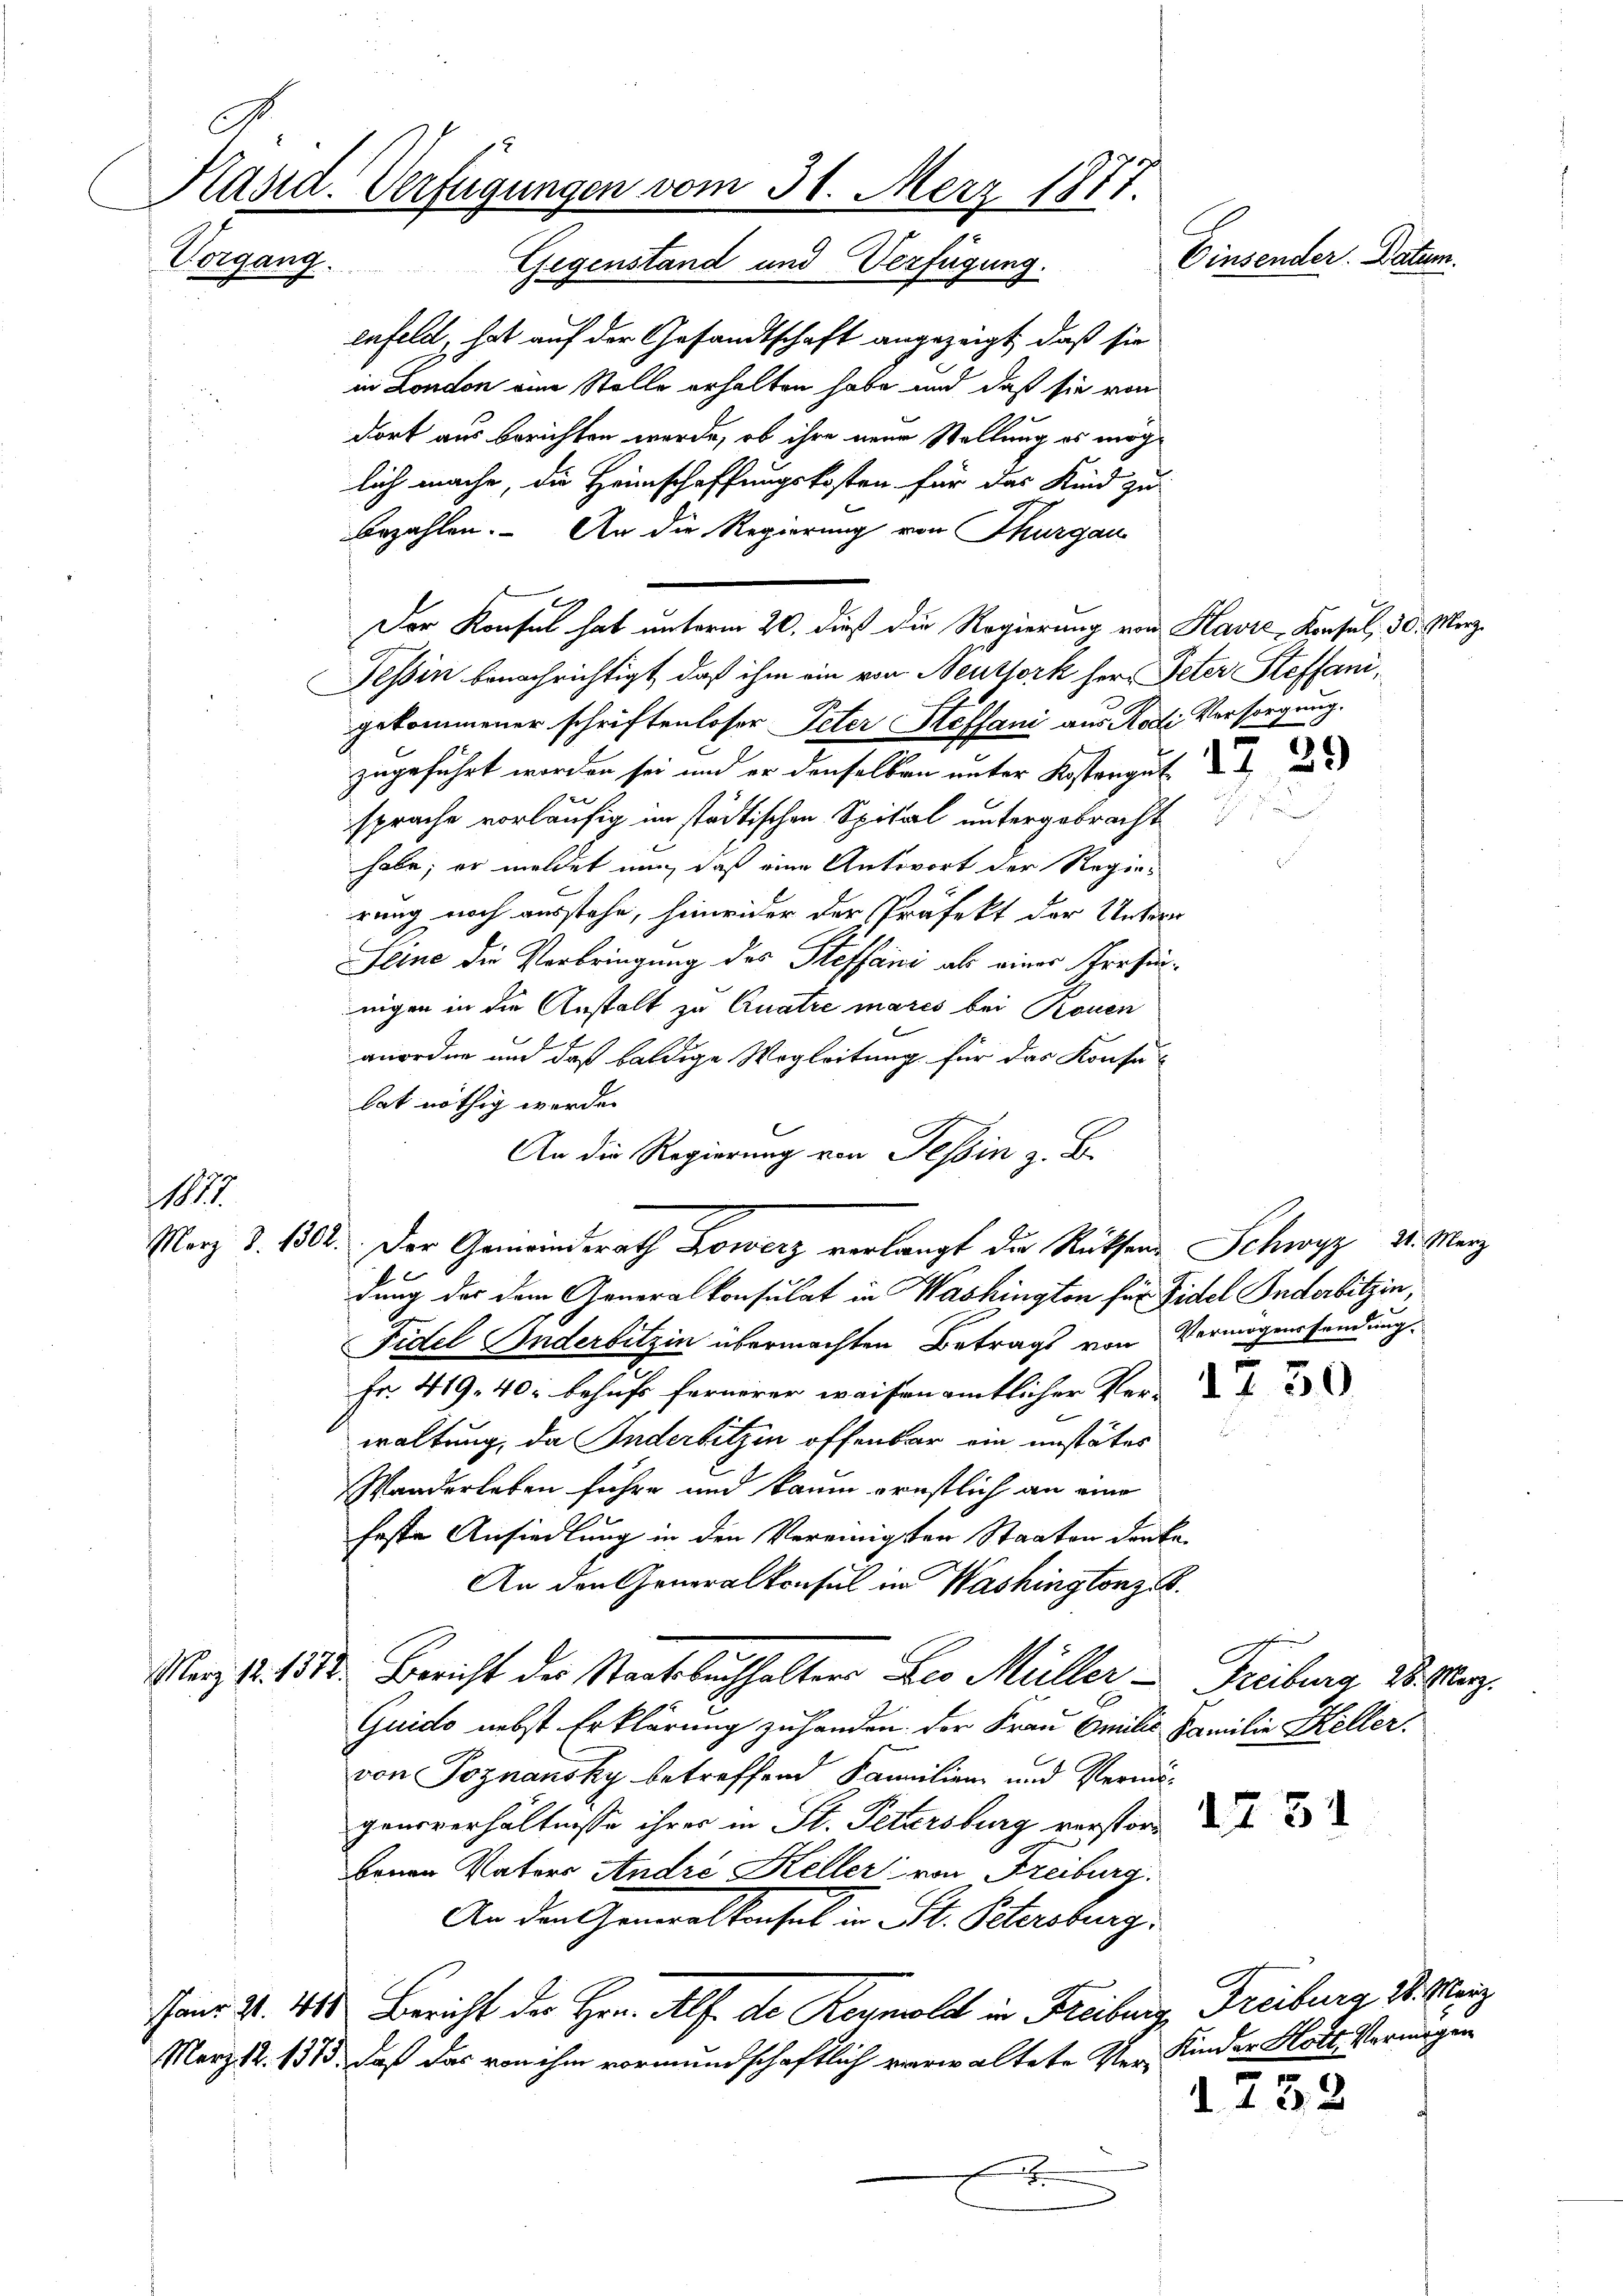
Käsid. Verfügungen vom 30. Merz 1877.
Einsender. Datum.
Vorgang.
Gegenstand und Verfügung.

enfeld, hat auf der Gesandtschaft angezeigt, daß sie
in London eine Stelle erhalten habe und daß sie von
dort aus berichten wurde, ob ihre neue Stellung es möglich mache, die Heimschaffungskosten für das Kind zu
bezahlen. An die Regierung von Thurgau
Tessin benachrichtigt, daß ihm ein von Neuthork her, Peter Steffanigekommener schriftenloser Peter Steffani aus Radi Vorsorgung.
zugeführt worden sei und er denselben unter Kostergut de
sprache vorläufig im städtischen Spital untergebracht
habe; er meldet nun, daß eine Antwort der Regier
rung noch ausstehe, hinwider der Präfekt der Unter
Seine die Verbringung des Steffani als einer Prefinnigen in die Anstalt zu Quatre mares bei Rouen
geordne und daß baldige Wegleitung für das Konse-
hat nöthig werde.
E
An die Regierung von Tessin z. B.
Merz d. 1802. Der Gemeindsrath Kower verlangt die Ruthen Schwyz 21. März
f 0
dung der dem Generalkonsulat in Washington für Fidel Inderbitzen,
Fidel Inderbitzin übermachten Betrags von Vermögenssendung.
Fr. 419. 40. behufs fernerer waisenamtlicher Ver-
waltung, da Inderbitzen offenbar ein unstätes
Wanderleben führe und kaum ernstlich an eine
feste Ansiedlung in den Vereinigsten Staaten denke.
An den Generalkonsul im Washingtonz S.
Merz d. 151. Bericht der Staatsbuchhalters Leo Müller, Freiburg, 28. Herz.
Quido nebst Erklärung zu handen der Frau Emilis Familie Heller.
von Poznansky betreffend Familien- und Vermögensverhältnisse ihrer in St. Petersburg verstor
benen Vaters André Keller von Freiburg.
An den Generalkonsul in St. Petersburg,
Janr. 2. 418. Bericht der Hrn. Als de Reymold in Freiburg, Freiburg d. Merz
Merz d. 1313, daß das von ihm vormundschaftlich verwaltete Ver- Kinder Hott, Vermögen
1. 732
.

11

Der Konsul hat unterm 20. dieß die Regierung von Havre, Konsul, 30. Merz